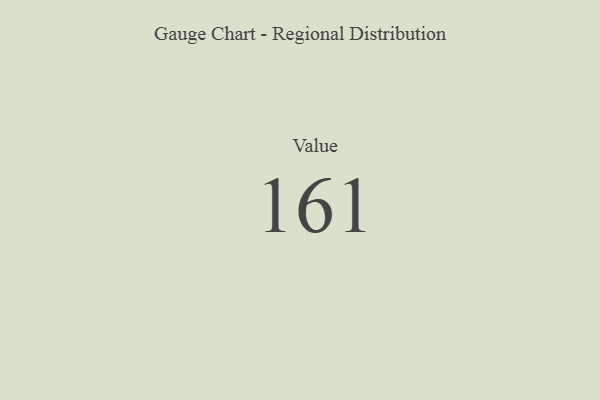
{"axis": {"x": "Metric", "y": "Value"}, "legend": [""], "data": [{"x": "Value", "y": 161, "type": ""}]}